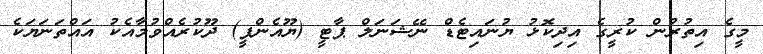
މީގެ އިތުރުން ކުރީގެ އިދިކޮޅު ޔުނައިޓެޑް ނޭޝަނަލް ޕާޓީ (ޔޫއެންޕީ) ދޫކުރެއްވުމާއެކު އައްތަނަޔަކެ